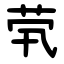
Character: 茕